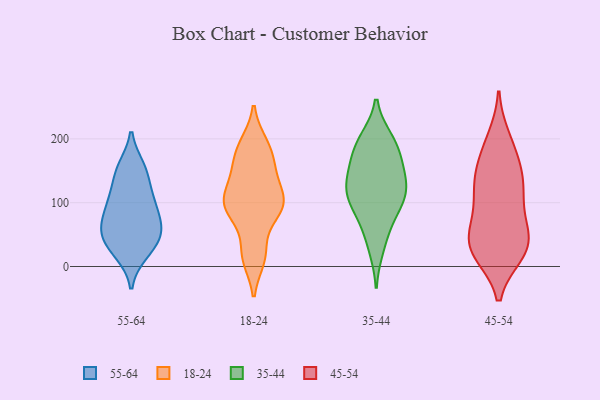
{"axis": {"x": "Page Views", "y": "Value"}, "legend": ["18-24", "35-44", "45-54", "55-64"], "data": [{"x": "", "y": 147, "type": "55-64"}, {"x": "", "y": 55, "type": "55-64"}, {"x": "", "y": 100, "type": "55-64"}, {"x": "", "y": 60, "type": "55-64"}, {"x": "", "y": 86, "type": "55-64"}, {"x": "", "y": 32, "type": "55-64"}, {"x": "", "y": 155, "type": "55-64"}, {"x": "", "y": 21, "type": "55-64"}, {"x": "", "y": 111, "type": "55-64"}, {"x": "", "y": 55, "type": "55-64"}, {"x": "", "y": 91, "type": "18-24"}, {"x": "", "y": 14, "type": "18-24"}, {"x": "", "y": 91, "type": "18-24"}, {"x": "", "y": 181, "type": "18-24"}, {"x": "", "y": 139, "type": "18-24"}, {"x": "", "y": 22, "type": "18-24"}, {"x": "", "y": 97, "type": "18-24"}, {"x": "", "y": 158, "type": "18-24"}, {"x": "", "y": 191, "type": "18-24"}, {"x": "", "y": 93, "type": "18-24"}, {"x": "", "y": 116, "type": "18-24"}, {"x": "", "y": 196, "type": "35-44"}, {"x": "", "y": 180, "type": "35-44"}, {"x": "", "y": 181, "type": "35-44"}, {"x": "", "y": 58, "type": "35-44"}, {"x": "", "y": 198, "type": "35-44"}, {"x": "", "y": 118, "type": "35-44"}, {"x": "", "y": 133, "type": "35-44"}, {"x": "", "y": 119, "type": "35-44"}, {"x": "", "y": 104, "type": "35-44"}, {"x": "", "y": 147, "type": "35-44"}, {"x": "", "y": 30, "type": "35-44"}, {"x": "", "y": 146, "type": "35-44"}, {"x": "", "y": 88, "type": "35-44"}, {"x": "", "y": 101, "type": "35-44"}, {"x": "", "y": 167, "type": "45-54"}, {"x": "", "y": 189, "type": "45-54"}, {"x": "", "y": 54, "type": "45-54"}, {"x": "", "y": 60, "type": "45-54"}, {"x": "", "y": 200, "type": "45-54"}, {"x": "", "y": 103, "type": "45-54"}, {"x": "", "y": 136, "type": "45-54"}, {"x": "", "y": 25, "type": "45-54"}, {"x": "", "y": 39, "type": "45-54"}, {"x": "", "y": 138, "type": "45-54"}, {"x": "", "y": 142, "type": "45-54"}, {"x": "", "y": 41, "type": "45-54"}, {"x": "", "y": 118, "type": "45-54"}, {"x": "", "y": 21, "type": "45-54"}, {"x": "", "y": 24, "type": "45-54"}, {"x": "", "y": 23, "type": "45-54"}, {"x": "", "y": 92, "type": "45-54"}]}